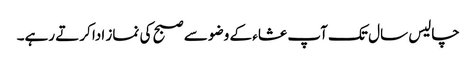
چالیس سال تک آپ عشاء کے وضو سے صبح کی نماز ادا کرتے رہے۔